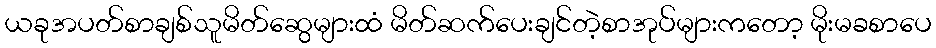
ယခုအပတ်စာချစ်သူမိတ်ဆွေများထံ မိတ်ဆက်ပေးချင်တဲ့စာအုပ်များကတော့ မိုးမခစာပေ